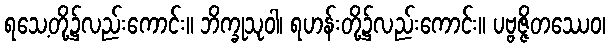
ရသေ့တို့၌လည်းကောင်း။ ဘိက္ခုသုဝါ၊ ရဟန်းတို့၌လည်းကောင်း။ ပဗ္ဗဇ္ဇိတဿေဝ၊